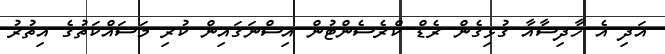
އަދި އެ ހާދިސާއާ ގުޅިގެން ރެޑް ކްރެސެންޓުން އިސްނަަގައިން ކުރި މަސައްކަތުގެ އިތުރު